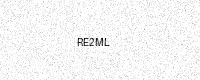
Text: RE2ML